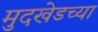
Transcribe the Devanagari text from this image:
मुदखेडच्या